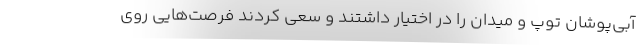
آبی‌پوشان توپ و میدان را در اختیار داشتند و سعی کردند فرصت‌هایی روی